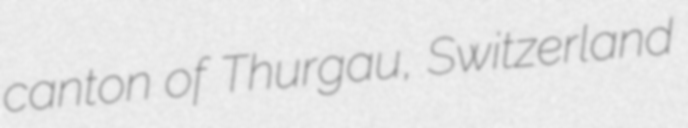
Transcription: canton of Thurgau, Switzerland